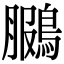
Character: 鵩